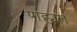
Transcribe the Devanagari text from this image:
पाह्यलं